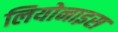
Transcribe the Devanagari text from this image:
लियोनाइस